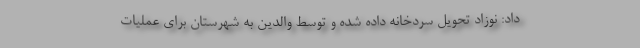
داد: نوزاد تحویل سردخانه داده شده و توسط والدین به شهرستان برای عملیات